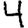
Digit: 4